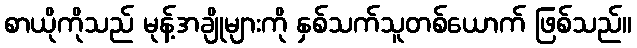
စာယိုကိုသည် မုန့်အချိုများကို နှစ်သက်သူတစ်ယောက် ဖြစ်သည်။